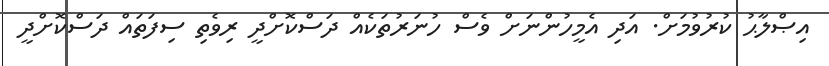
އިޞްލާޙު ކުރުވުމަށް. އަދި އެމީހުންނަށް ވެސް ހުނަރުތަކެއް ދަސްކޮށްދީ ރިވެތި ސިފަތައް ދަސްކޮށްދީ